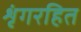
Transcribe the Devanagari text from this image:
शृंगरहित